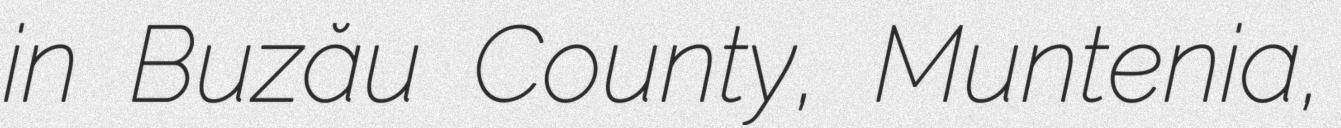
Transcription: in Buzău County, Muntenia,